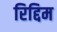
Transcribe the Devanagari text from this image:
रिद्दिम